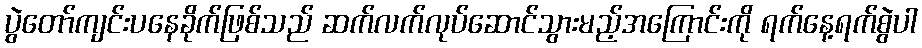
ပွဲတော်ကျင်းပနေခိုက်ဖြစ်သည် ဆက်လက်လုပ်ဆောင်သွားမည့်အကြောင်းကို ရက်နေ့ရက်စွဲပါ